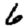
Digit: 6